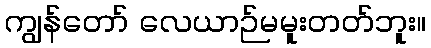
ကျွန်တော် လေယာဉ်မမူးတတ်ဘူး။